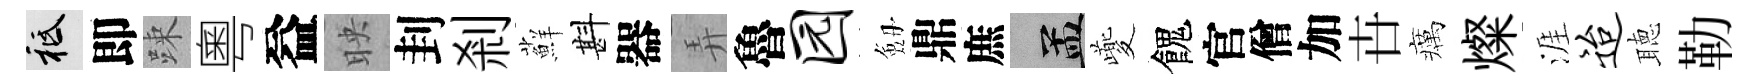
祇即踈粵益映刲剎蘚斟器弄魯园劔鼎庶汴夔餽官僧加卋癘燦涯迨聴勒